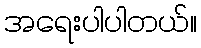
အရေးပါပါတယ်။